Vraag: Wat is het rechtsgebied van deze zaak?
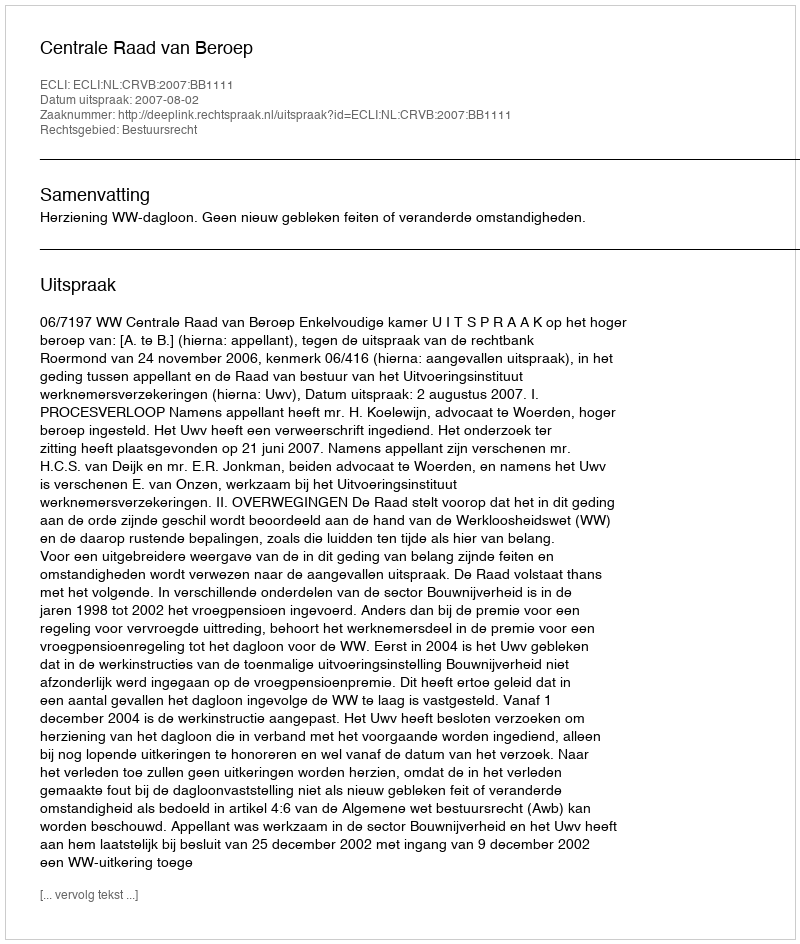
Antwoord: Bestuursrecht